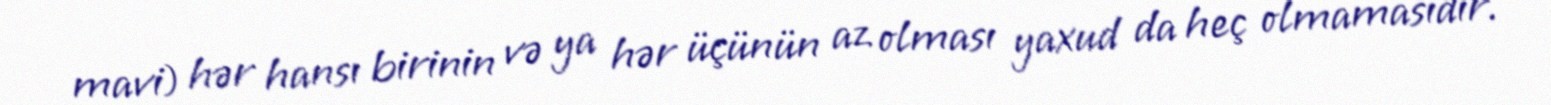
mavi) hər hansı birinin və ya hər üçünün az olması yaxud da heç olmamasıdır.